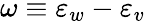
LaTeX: \omega\equiv\varepsilon_{w}-\varepsilon_{v}